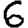
Digit: 6